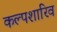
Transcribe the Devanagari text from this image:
कल्पशारिव